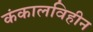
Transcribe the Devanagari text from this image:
कंकालविहीन